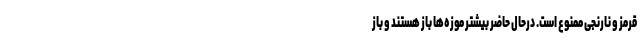
قرمز و نارنجی ممنوع است. درحال حاضر بیشتر موزه‌ها باز هستند و باز